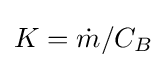
K={\dot {m}}/C_{B}